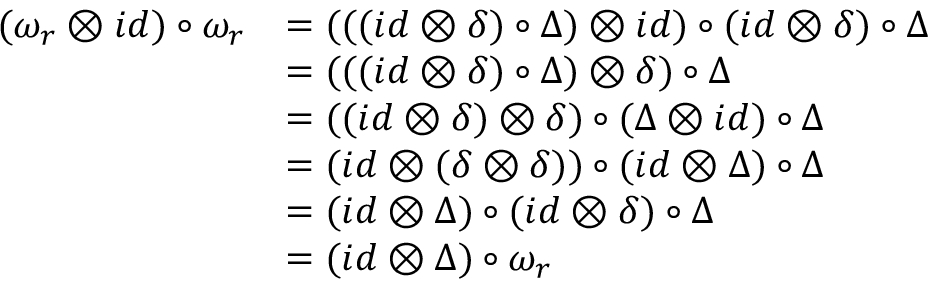
\begin{array} { r l } { ( \omega _ { r } \otimes i d ) \circ \omega _ { r } } & { = ( ( ( i d \otimes \delta ) \circ \Delta ) \otimes i d ) \circ ( i d \otimes \delta ) \circ \Delta } \\ & { = ( ( ( i d \otimes \delta ) \circ \Delta ) \otimes \delta ) \circ \Delta } \\ & { = ( ( i d \otimes \delta ) \otimes \delta ) \circ ( \Delta \otimes i d ) \circ \Delta } \\ & { = ( i d \otimes ( \delta \otimes \delta ) ) \circ ( i d \otimes \Delta ) \circ \Delta } \\ & { = ( i d \otimes \Delta ) \circ ( i d \otimes \delta ) \circ \Delta } \\ & { = ( i d \otimes \Delta ) \circ \omega _ { r } } \end{array}